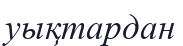
уықтардан